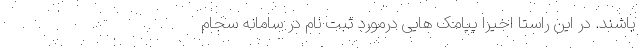
باشند. در این راستا اخیرا پیامک هایی درمورد ثبت نام در سامانه سجام